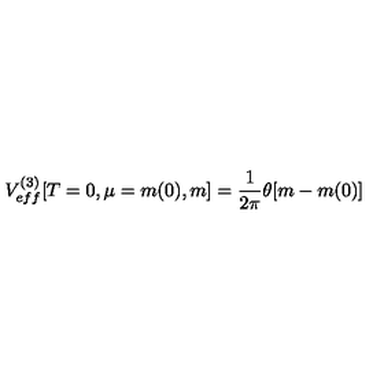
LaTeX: V _ { e f f } ^ { ( 3 ) } [ T = 0 , \mu = m ( 0 ) , m ] = \frac { 1 } { 2 \pi } \theta [ m - m ( 0 ) ]